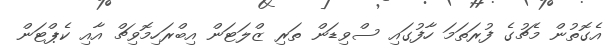
އެގޮތުން މެޗުގެ ފުރަތަމަ ހާފުގައި ސްވިޑަން ތަރި ޒްލަޓަން އިބްރަހިމޮވިޗް އާއި ކެޕްޓަން